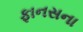
ફાનસના